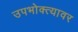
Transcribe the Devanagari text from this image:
उपभोक्त्यावर